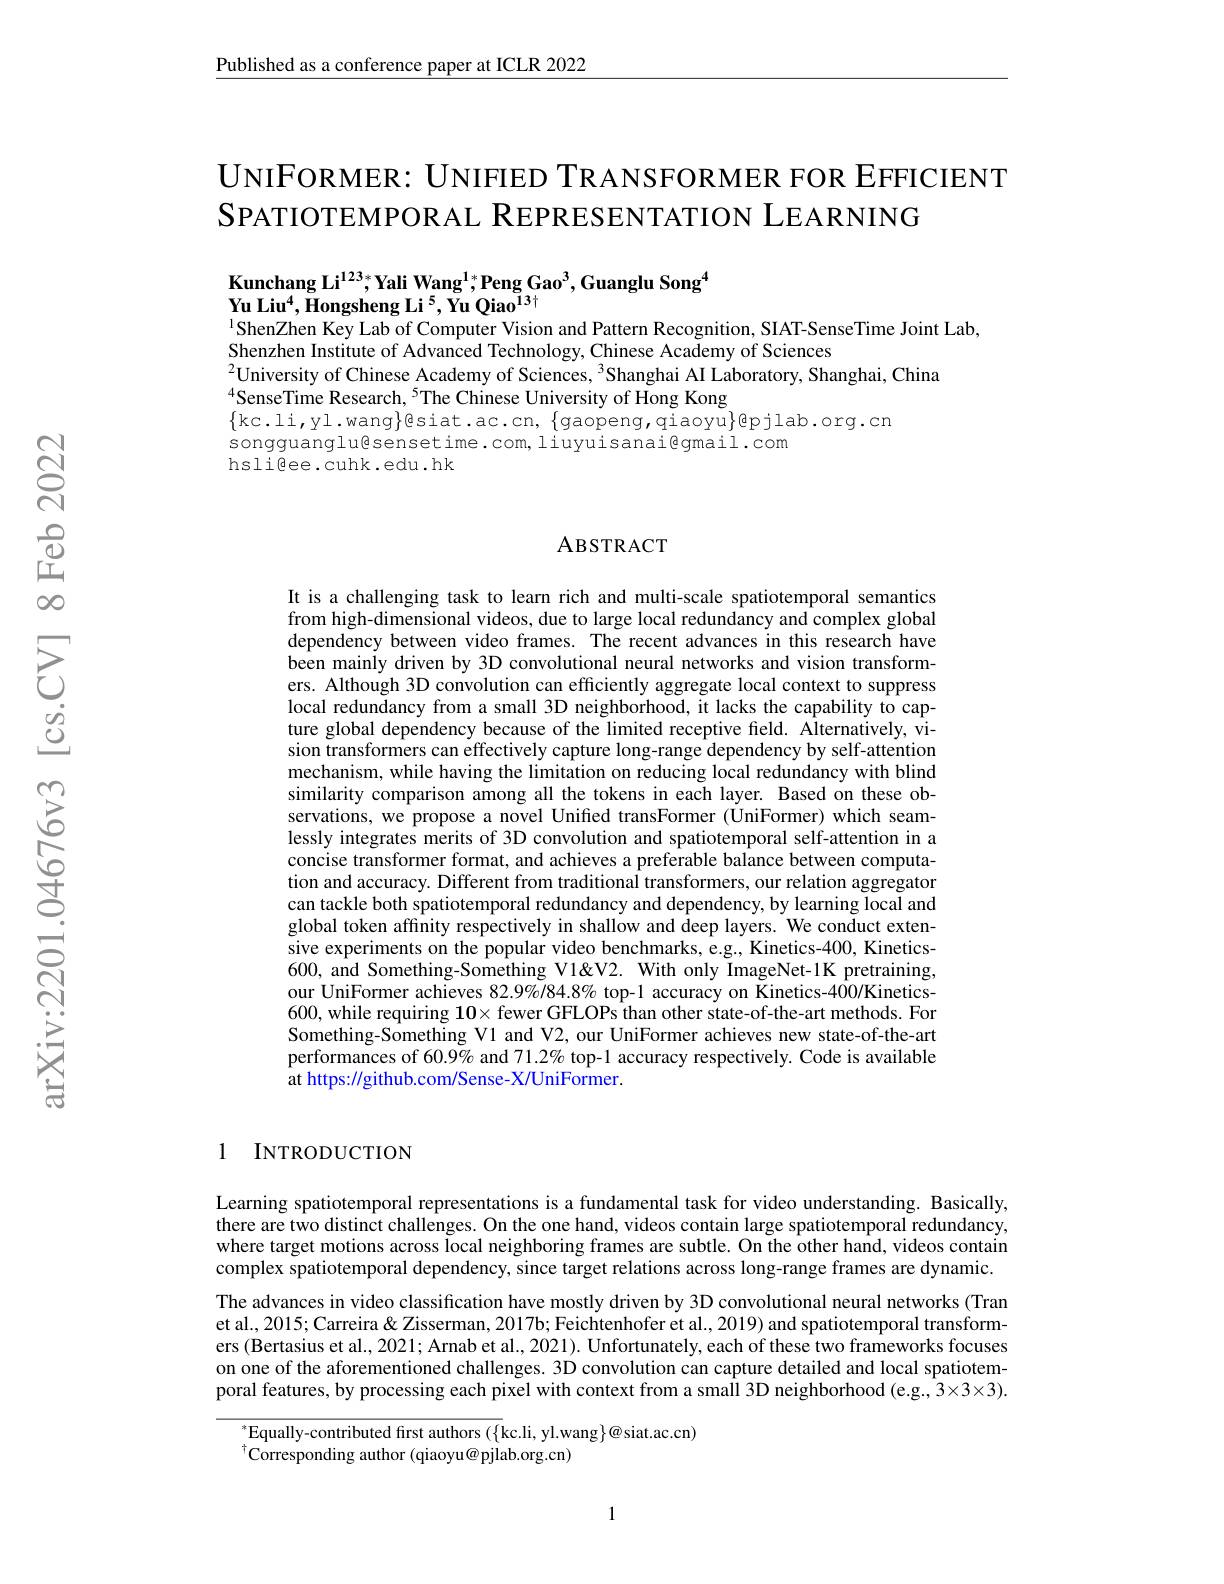
$\underline{\text{Published as a conference paper at ICLR 2022}}$

UNIFORMER: UNIFIED TRANSFORMER FOR EFFICIENT
SPATIOTEMPORAL REPRESENTATION LEARNING

Kunchang Li$^{123*}$,Yali Wang$^1;^*$Peng Gao$^3$,Guanglu Song$^4$
Yu Liu$^4,\textbf{Hongsheng Li}^5,\textbf{Yu Qiao}^{13\nmid}$
$^{1}$ShenZhen Key Lab of Computer Vision and Pattern Recognition, SIAT-SenseTime Joint Lab,

Shenzhen Institute of Advanced Technology, Chinese Academy of Sciences
$^{2}$University of Chinese Academy of Sciences, $^3$Shanghai AI Laboratory, Shanghai, China
$^{4}$SenseTime Research,$^{5}$The Chinese University of Hong Kong
$\{$kc.li,yl.wang$\}$@siat.ac.cn, $\{$gaopeng,qiaoyu$\}$@pjlab.org.cn
songguanglu@sensetime.com,liuyuisanai@gmail.com
hsligee.cuhk.edu.hk

## ABSTRACT

It is a challenging task to learn rich and multi-scale spatiotemporal semantics from high-dimensional videos, due to large local redundancy and complex global dependency between video frames. The recent advances in this research have been mainly driven by 3D convolutional neural networks and vision transformers. Although 3D convolution can efficiently aggregate local context to suppress local redundancy from a small 3D neighborhood, it lacks the capability to capture global dependency because of the limited receptive field. Alternatively, vision transformers can effectively capture long-range dependency by self-attention mechanism, while having the limitation on reducing local redundancy with blind similarity comparison among all the tokens in each layer. Based on these observations, we propose a novel Unified transFormer (UniFormer) which seamlessly integrates merits of 3D convolution and spatiotemporal self-attention in a concise transformer format, and achieves a preferable balance between computation and accuracy. Different from traditional transformers, our relation aggregator can tackle both spatiotemporal redundancy and dependency, by learning local and global token affinity respectively in shallow and deep layers. We conduct extensive experiments on the popular video benchmarks, e.g., Kinetics-400, Kinetics- 600, and Something-Something V1&Vith only ImageNet-1K pretraining, our UniFormer achieves $82.9\%/84.8\%$ top-1 accuracy on Kinetics-400/Kinetics- 600, while requiring $10\times$ fewer GFLOPs than other state-of-the-art methods. For Something-Something V1 and V2, our UniFormer achieves new state-of-the-art performances of 60.9% and 71.2% top-1 accuracy respectively. Code is available at https://github.com/Sense-X/UniFormer.

1 INTRODUCTION

Learning spatiotemporal representations is a fundamental task for video understanding. Basically, there are two distinct challenges. On the one hand, videos contain large spatiotemporal redundancy, where target motions across local neighboring frames are subtle. On the other hand, videos contain complex spatiotemporal dependency, since target relations across long-range frames are dynamic. The advances in video classification have mostly driven by 3D convolutional neural networks (Tran et al., 2015; Carreira & Zisserman, 2017b; Feichtenhofer et al., 2019) and spatiotemporal transformers (Bertasius et al., 2021; Arnab et al., 2021). Unfortunately, each of these two frameworks focuses on one of the aforementioned challenges. 3D convolution can capture detailed and local spatiotemporal features, by processing each pixel with context from a small 3D neighborhood (e.g.. $^{\mathrm{~}}3\times3\times3).$

$^{*}$Equally-contributed first authors ({kc.li, yl.wang})@siat.ac.cn)
$^{\dagger}$Corresponding author (qiaoyu@pjlab.org.cn)

1